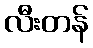
လီးတန်